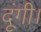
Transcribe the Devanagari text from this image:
दूंगी।